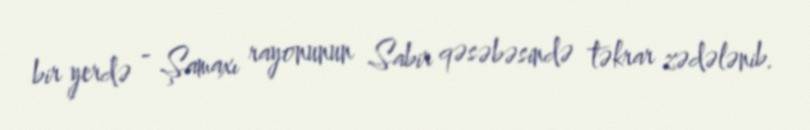
bir yerdə - Şamaxı rayonunun Sabir qəsəbəsində təkrar zədələnib.